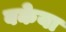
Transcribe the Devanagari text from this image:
बकेया